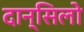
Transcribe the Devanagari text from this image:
दान्सिलो